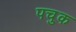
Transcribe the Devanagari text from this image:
पचुक